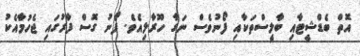
އޮތް ބެޑްޝީޓާއި ބާލީސްތަކާއި ފޯނުވެސް ނަގާ ހޫރާލިއެވެ. ފޯނު ގޮސް ފާރުގައި ޖެހުމާއެކު